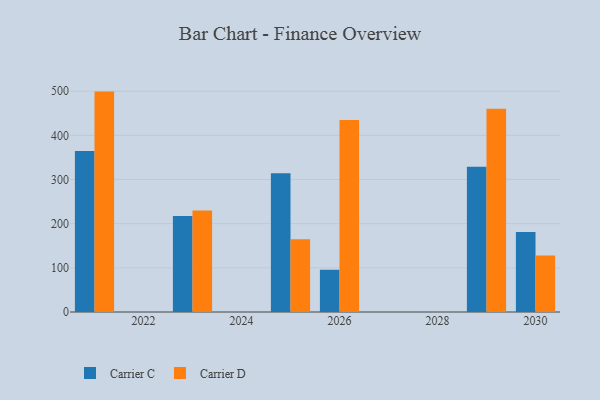
{"axis": {"x": "Year", "y": "Demand Index"}, "legend": ["Carrier C", "Carrier D"], "data": [{"x": "2025", "y": 314.4, "type": "Carrier C"}, {"x": "2025", "y": 164.5, "type": "Carrier D"}, {"x": "2021", "y": 364.3, "type": "Carrier C"}, {"x": "2021", "y": 499.0, "type": "Carrier D"}, {"x": "2030", "y": 180.9, "type": "Carrier C"}, {"x": "2030", "y": 127.8, "type": "Carrier D"}, {"x": "2023", "y": 217.2, "type": "Carrier C"}, {"x": "2023", "y": 229.6, "type": "Carrier D"}, {"x": "2026", "y": 95.4, "type": "Carrier C"}, {"x": "2026", "y": 434.6, "type": "Carrier D"}, {"x": "2029", "y": 328.8, "type": "Carrier C"}, {"x": "2029", "y": 459.9, "type": "Carrier D"}]}